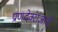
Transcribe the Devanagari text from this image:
प्राणदेवराजाने